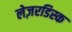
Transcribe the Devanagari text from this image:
लेज़रडिस्क